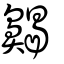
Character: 齃